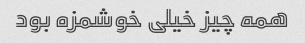
همه چیز خیلی خوشمزه بود